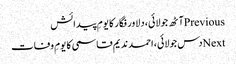
Previousآٹھ جولائی، دلاور فگار کا یومِ پیدائش
Nextدس جولائی، احمد ندیم قاسمی کا یومِ وفات